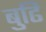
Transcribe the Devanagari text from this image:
बुढि